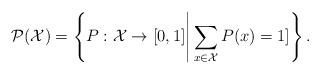
LaTeX: \begin{align*} \mathcal{P}(\mathcal{X})=\left\{P:\mathcal{X}\to[0,1]\Bigg| \sum_{x\in\mathcal{X}}P(x)=1]\right\}.\end{align*}